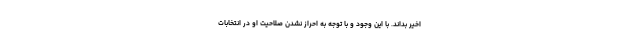
اخیر بداند. با این وجود و با توجه به احراز نشدن صلاحیت او در انتخابات